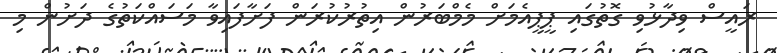
ރައީސް ވިދާޅުވި ގޮތުގައި ޕީޕީއެމަށް މެމްބަރުން އިތުރުކުރަން ފަށާފައިވާ މަސައްކަތުގެ ދަށުން މި